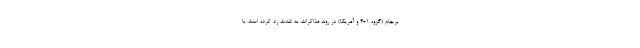
برجام (گروه 1+4 و آمریکا) در روند مذاکرات، به شدت رد کرده است. با